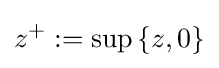
z^{+}:=\sup \left\{z,0\right\}